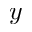
y